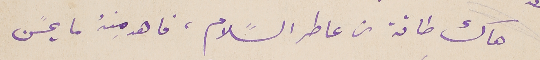
هاك طاقة من عاطر السًلام، فاهد مِنهُ ما يحسًن